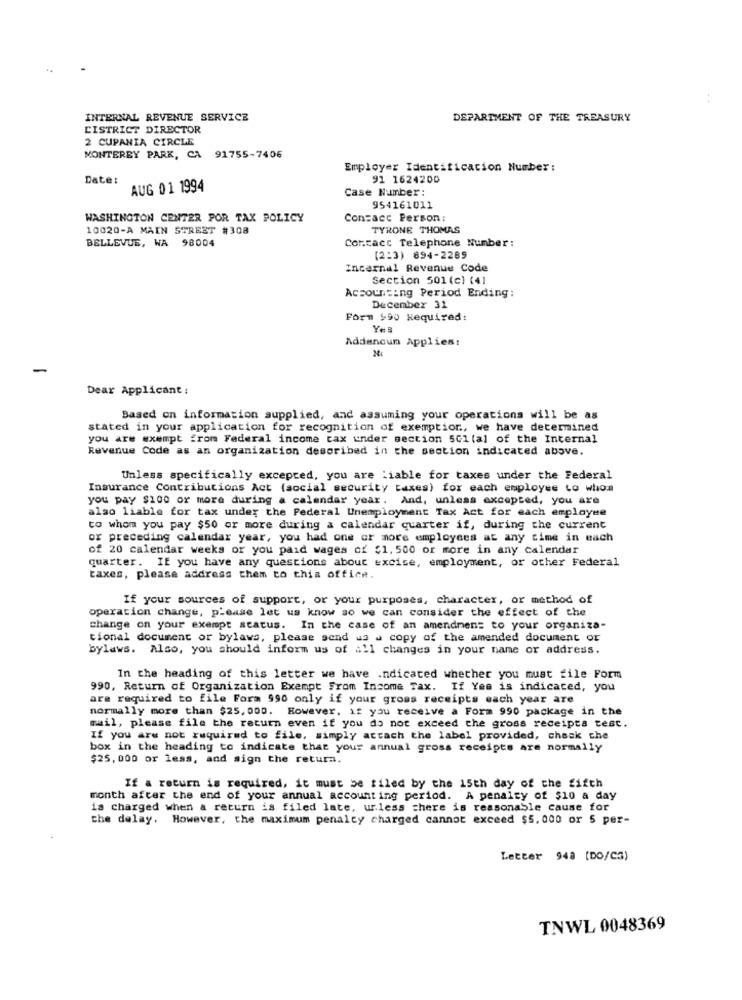
INTERNAL REVENUE SERVICE
DEPARTMENT OF THE TREASURY
CISTRICT DIRECTOR
2 CUPANIA CIRCLE
MONTEREY PARK, CA 91755-7406
Employer Identification Number :
Date:
91 1624200
AUG 01 1994
Case Number:
954161011
WASHINGTON CENTER POR TAX POLICY
Con=acc Person:
10020-A MAIN STREET #308
TYRONE THOMAS
BELLEVUE, WA 98004
Contact Telephone Number:
(2:3) 894-2269
Incernal Revenue Code
Section 501 (c) (41
Accounting Period Ending:
December 31
Form $90 Required:
Yes
Addencum Applies:
Dear Applicant :
Based on information supplied, and assuming your operations will be as
stated in your application for recognition of exemption, we have determined
you are exempt from Federal income tax under section 501 (al of the Internal
Revenue Code as an organization described in the section indicated above.
Unless specifically excepted, you are liable for taxes under the Federal
Insurance Contributions Act (social security taxes) for each employee to whom
you pay $100 or more during a calendar year. And, unless excepted, you are
also liable for tax under the Federal Unemployment Tax Act for each employee
to whom you pay $50 or more during a calendar quarter if, during the current
or preceding calendar year, you had one or more employees at any time in each
of 20 calendar weeks or you paid wages of $1, 500 or more in any calendar
quarter. If you have any questions about excise, employment, or other Federal
taxes, please address them to this office.
If your sources of support, or your purposes, character, or method of
operation change, please let us know so we can consider the effect of the
change on your exempt status. In the case of an amendment to your organiza-
tional document or bylaws, please send us a copy of the amended document or
bylaws. Also, you should inform us of all changes in your name or address.
In the heading of this letter we have .ndicated whether you must file Form
990, Return of Organization Exempt From Income Tax. If Yes is indicated, you
are required to file Form 990 only if your gross receipts each year are
normally more than $25, 000. However, if you receive a Form 990 package in the
mail, please file the return even if you do not exceed the gross receipts test.
If you are not required to file, simply attach the label provided, chesk che
box in the heading to indicate that your annual gross receipts are normally
$25, 000 or less, and sign the return.
If a return is required, it must be filed by the 15th day of the fifth
month after the end of your annual accounting period. A penalty of $10 a day
is charged when & return is filed late, unless there is reasonable cause for
the delay. However, the maximum penalcy charged cannot exceed $5,000 or 5 per-
Letter 948 [DO/CS)
TNWL 0048369